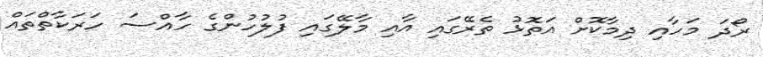
ރޯދަ މަހާއި ދިމާކޮށް އަތޮޅު ތެރޭގައި އާއި މާލޭގައި ފުލުހުންގެ ހާއްސަ ހަރަކާތްތައް